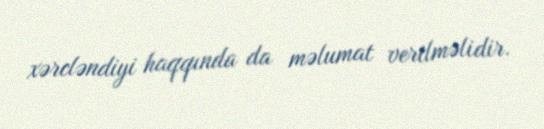
xərcləndiyi haqqında da məlumat verilməlidir.